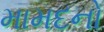
મામદનો